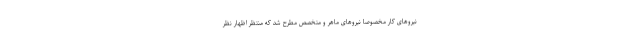
نیروهای کار مخصوصا نیروهای ماهر و متخصص مطرح شد که منتظر اظهار نظر